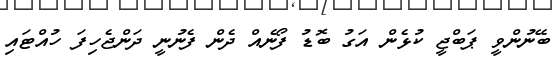
ބޭނުންވީ ޕަބްޖީ ކުޅެން އަގު ބޮޑު ފޯނެއް ދެން ފެނުނީ ދަންޖެހިފަ ހުއްޓައި